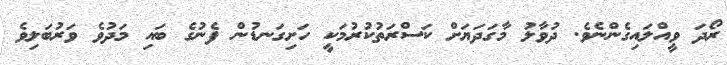
ރޯދަ ވީއްލައިގެންނެވެ. ދުވާލު މާގަދަޔަށް ކަސްރަތުކުރުމަކީ ހަށިގަނޑުން ފެނުގެ ބައި މަދުވެ ވަރުބަލިވެ